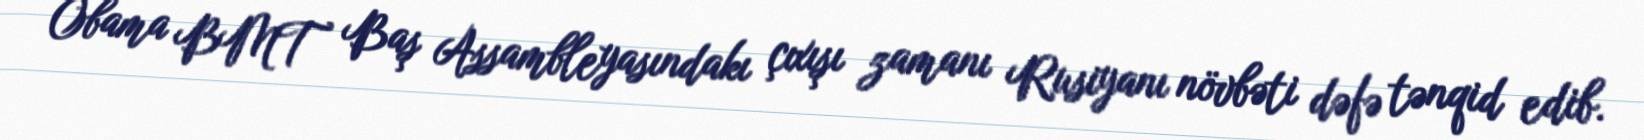
Obama BMT Baş Assambleyasındakı çıxışı zamanı Rusiyanı növbəti dəfə tənqid edib.